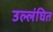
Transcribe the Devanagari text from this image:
उल्लंघित